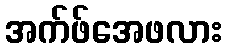
အက်ဖ်အေဖလား